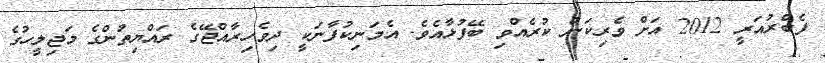
ފެބްރުއަރީ 2012 އަށް ވެރިކަން ކުރެއްވި ބޭފުޅާއެވެ. އެމަނިކުފާނަކީ ދިވެހިރާއްޖޭގެ ރައްޔިތުންގެ މަޖިލީހުގެ